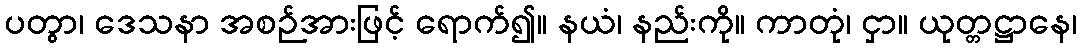
ပတွာ၊ ဒေသနာ အစဉ်အားဖြင့် ရောက်၍။ နယံ၊ နည်းကို။ ကာတုံ၊ ငှာ။ ယုတ္တဋ္ဌာနေ၊